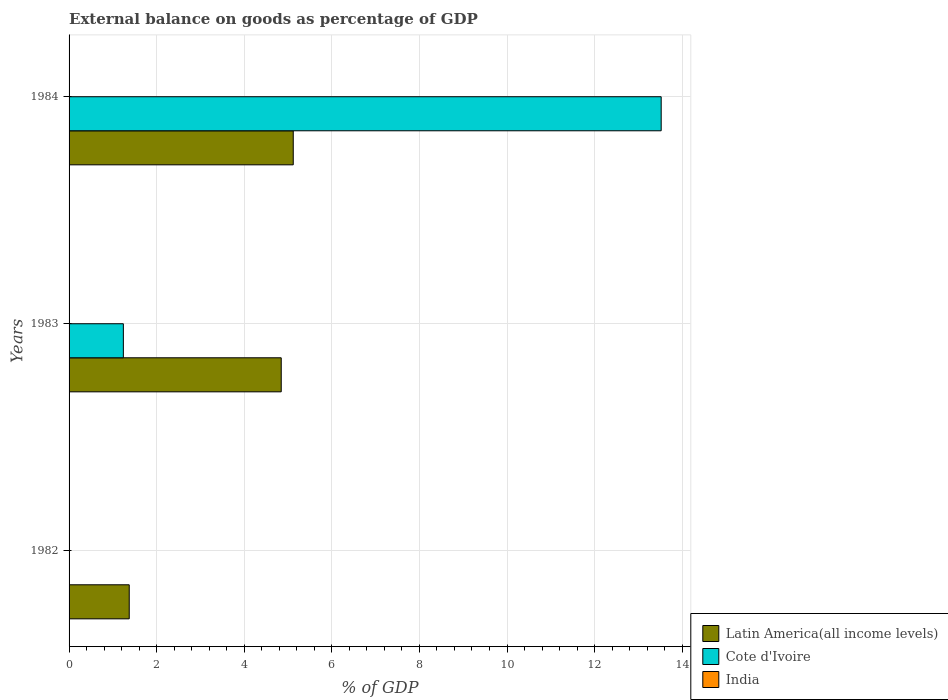
| Years | Latin America(all income levels) | Cote d'Ivoire | India |
 | --- | --- | --- | --- |
 | 1982 | 1.37 | -2.9 | -2.12 |
 | 1983 | 4.84 | 1.24 | -1.98 |
 | 1984 | 5.12 | 13.5 | -1.42 |